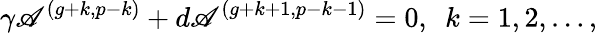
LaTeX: \gamma\mathscr{A}^{(g+k,p-k)}+d\mathscr{A}^{(g+k+1,p-k-1)}=0,\ \ k=1,2,\ldots,